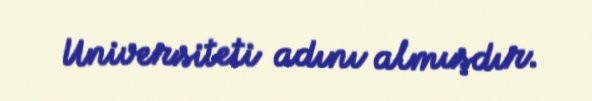
Universiteti adını almışdır.